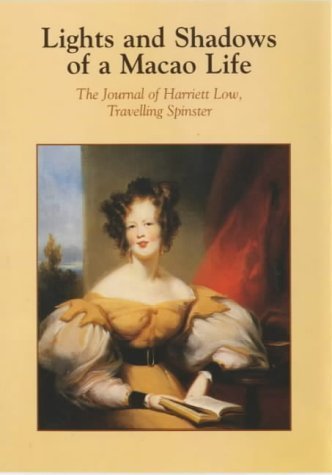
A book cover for Lights and Shadows of a Macao Life: The Journal of Harriett Low, Travelling Spinster by Low, Harriett (2002) Paperback; Travel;